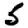
Digit: 5